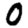
Digit: 0